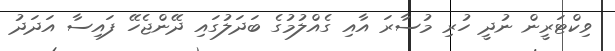
ވިކްޓަރީން ނުދީ ހުރި މުސާރަ އާއި ގެއްލުމުގެ ބަދަލުގައި ދޭންޖެހޭ ފައިސާ އަދަދު